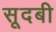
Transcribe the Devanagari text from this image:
सूदबी